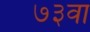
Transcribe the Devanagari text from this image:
७३वा